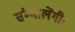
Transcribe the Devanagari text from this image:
संम्भालेंगी।